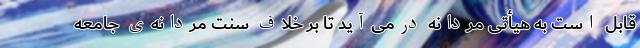
قابل است به هیأتی مردانه درمی‌آید تا بر خلافِ سنتِ مردانه‌ی جامعه